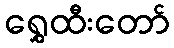
ရွှေထီးတော်